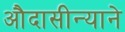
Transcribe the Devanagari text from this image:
औदासीन्याने